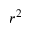
r ^ { 2 }